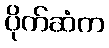
ပိုက်ဆံက